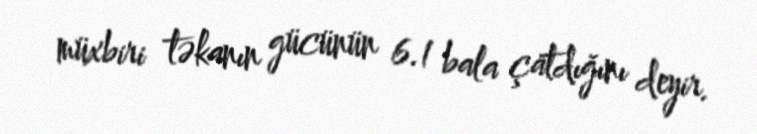
müxbiri təkanın gücünün 6.1 bala çatdığını deyir.